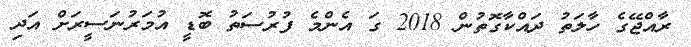
ރާއްޖޭގެ ހާލަތު ދައްކާގޮތުން 2018 ގަ އެންމެ ފުރުސަތު ބޮޑީ އުމަރުނަސީރަށް އަދި